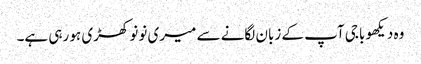
وہ دیکھو باجی آپ کے زبان لگانے سے میری نونو کھڑی ہو رہی ہے۔